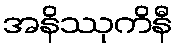
အနိဿုကိနီ